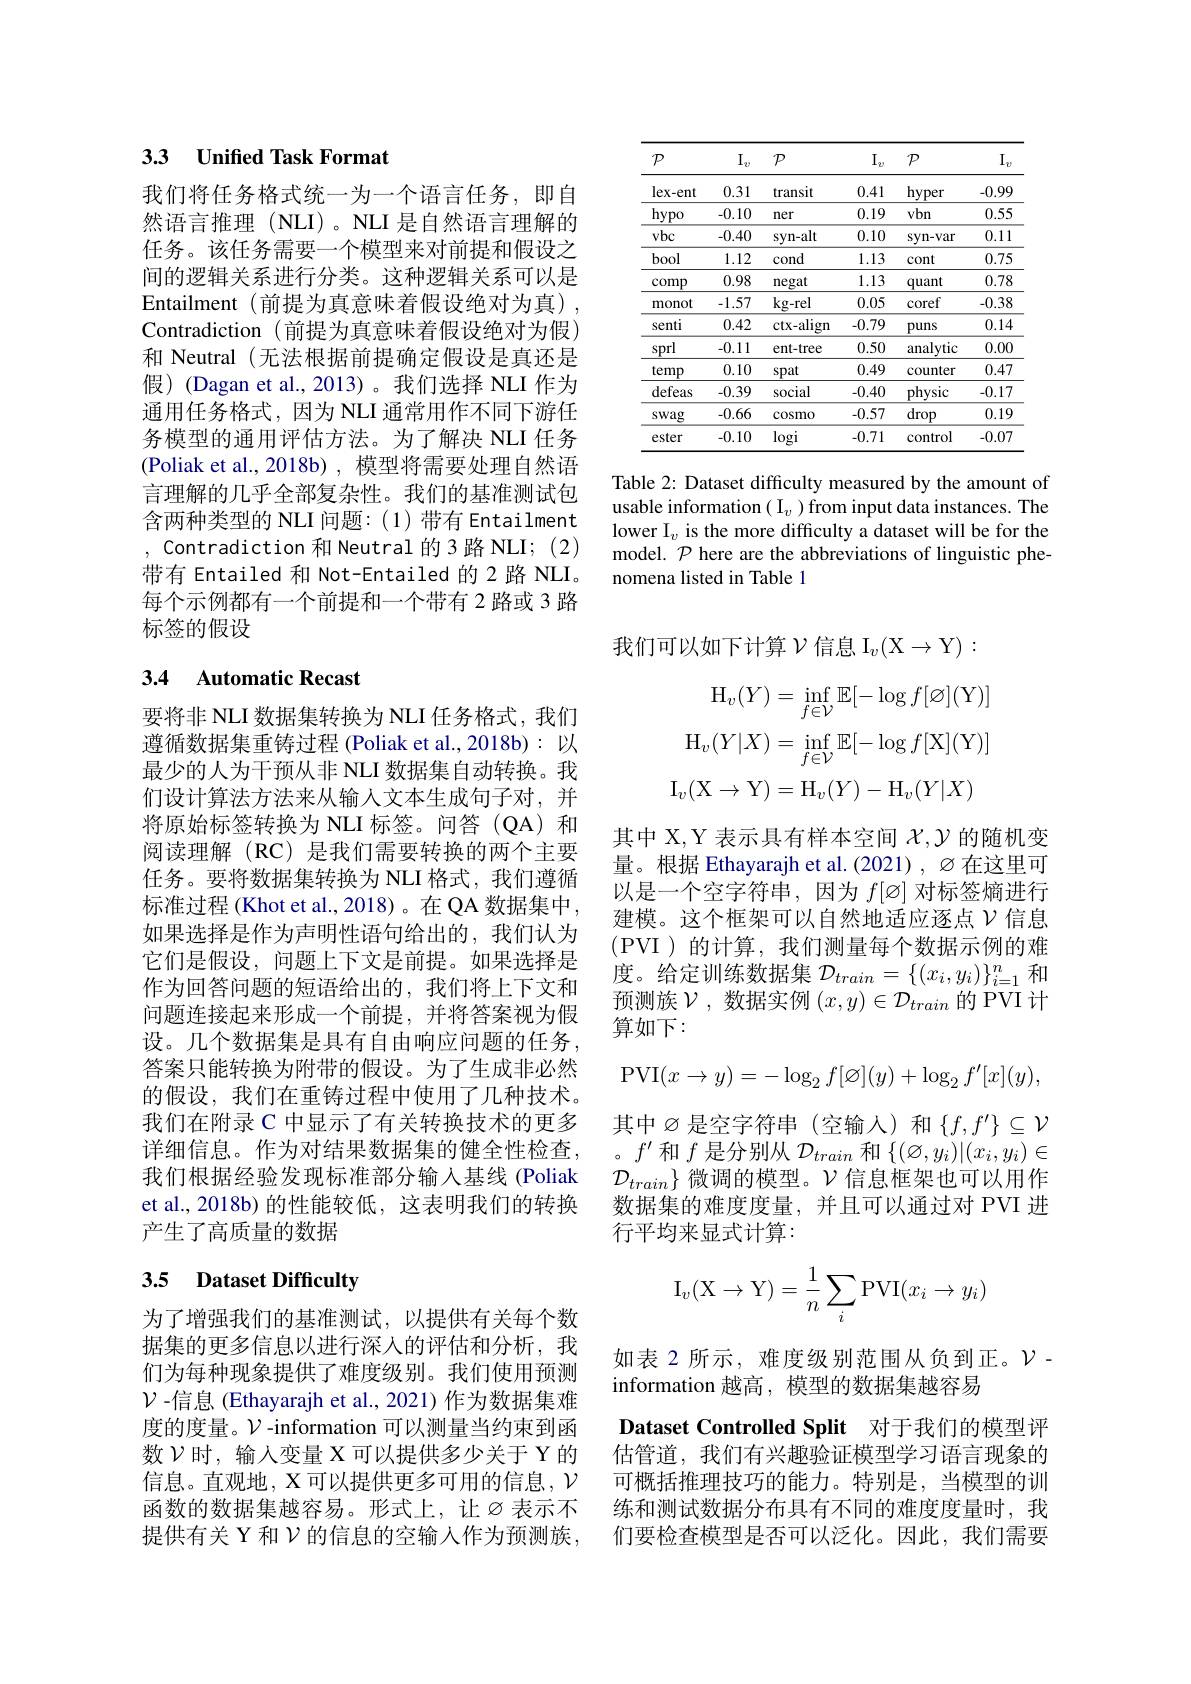
# 33 Unified Task Format

我们将任务格式统一为一个语言任务，即自然语言推理(NLI)。NLI 是自然语言理解的任务。该任务需要一个模型来对前提和假设之间的逻辑关系进行分类。这种逻辑关系可以是Entailment (前提为真意味着假设绝对为真), Contradiction (前提为真意味着假设绝对为假) 和 Neutral (无法根据前提确定假设是真还是假)(Dagan et al.,2013)。我们选择 NLI 作为通用任务格式，因为 NLI 通常用作不同下游任务模型的通用评估方法。为了解决 NLI 任务(Poliak et al., 2018b) , 模型将需要处理自然语言理解的几乎全部复杂性。我们的基准测试包含两种类型的 NLI 问题：(1)带有 Entailment , Contradiction 和 Neutral 的3路 NLI; (2) 带有 Entailed 和 Not-Entailed 2 路 NLI。每个示例都有一个前提和一个带有 2 路或 3 路标签的假设

## 3.4 Automatic Recast

要将非 NLI 数据集转换为 NLI 任务格式，我们遵循数据集重铸过程 (Poliak et al.,2018b): 以最少的人为干预从非 NLI 数据集自动转换。我们设计算法方法来从输人文本生成句子对，并将原始标签转换为 NLI 标签。问答(QA) 和阅读理解(RC)是我们需要转换的两个主要任务。要将数据集转换为 NLI 格式，我们遵循标准过程 (Khot et al., 2018)。在 QA 数据集中， 如果选择是作为声明性语句给出的，我们认为它们是假设，问题上下文是前提。如果选择是作为回答问题的短语给出的，我们将上下文和问题连接起来形成一个前提，并将答案视为假设。几个数据集是具有自由响应问题的任务， 答案只能转换为附带的假设。为了生成非必然的假设，我们在重铸过程中使用了几种技术。我们在附录 C 中显示了有关转换技术的更多详细信息。作为对结果数据集的健全性检查， 我们根据经验发现标准部分输入基线 (Poliak et al., 2018b) 的性能较低，这表明我们的转换产生了高质量的数据

## 3.5 Dataset Difficulty

为了增强我们的基准测试，以提供有关每个数据集的更多信息以进行深入的评估和分析，我们为每种现象提供了难度级别。我们使用预测$\mathcal{V}$ -信息 (Ethayarajh et al., 2021) 作为数据集难度的度量。$\mathcal{V}$-information 可以测量当约束到函数$\mathcal{V}$时，输人变量 X 可以提供多少关于 Y 的信息。直观地，X 可以提供更多可用的信息，$\mathcal{V}$ 函数的数据集越容易。形式上，让$\varnothing$表示不 练和测试数据分布具有不同的难度度量时，我
提供有关 Y 和$\mathcal{V}$的信息的空输入作为预测族，

<table>
	<tbody>
		<tr>
			<th>$\mathcal{P}$</th>
			<th>$I.$ $-v$</th>
			<th>$\mathcal{P}$</th>
			<th>${\mathrm{I}}_{2}$</th>
			<th>$\mathcal{P}$</th>
			<th>$I.$ $-\boldsymbol{v}$</th>
		</tr>
		<tr>
			<td>lex- ent</td>
			<td>0.31</td>
			<td>transit</td>
			<td>0.41</td>
			<td>hyper</td>
			<td>-0.99</td>
		</tr>
		<tr>
			<td>hypo</td>
			<td>-0.10</td>
			<td>ner</td>
			<td>0.19</td>
			<td>vbn</td>
			<td>0.55</td>
		</tr>
		<tr>
			<td>vbc</td>
			<td>-0.40</td>
			<td>syn-alt</td>
			<td>0.10</td>
			<td>syn- var</td>
			<td>0.11</td>
		</tr>
		<tr>
			<td>bool</td>
			<td>1.12</td>
			<td>cond</td>
			<td>1.13</td>
			<td>cont</td>
			<td>0.75</td>
		</tr>
		<tr>
			<td>comp</td>
			<td>0.98</td>
			<td>negat</td>
			<td>1.13</td>
			<td>quant</td>
			<td>0.78</td>
		</tr>
		<tr>
			<td>monot</td>
			<td>-1.57</td>
			<td>$kg-rel$</td>
			<td>0.05</td>
			<td>coref</td>
			<td>-0.38</td>
		</tr>
		<tr>
			<td>senti</td>
			<td>0.42</td>
			<td>ctx- align</td>
			<td>-0.79</td>
			<td>puns</td>
			<td>0.14</td>
		</tr>
		<tr>
			<td>sprl</td>
			<td>-0.11</td>
			<td>ent-tree</td>
			<td>0.50</td>
			<td>analytic</td>
			<td>0.00</td>
		</tr>
		<tr>
			<td>temp</td>
			<td>0.10</td>
			<td>spat</td>
			<td>0.49</td>
			<td>counter</td>
			<td>0.47</td>
		</tr>
		<tr>
			<td>defeas</td>
			<td>-0.39</td>
			<td>social</td>
			<td>-0.40</td>
			<td>physic</td>
			<td>-0.17</td>
		</tr>
		<tr>
			<td>swag</td>
			<td>-0.66</td>
			<td>cosmo</td>
			<td>-0.57</td>
			<td>$\underline{\mathrm{drop}}$</td>
			<td>0.19</td>
		</tr>
		<tr>
			<td>ester</td>
			<td>-0.10</td>
			<td>$\log i$</td>
			<td>-0.71</td>
			<td>control</td>
			<td>-0.07</td>
		</tr>
	</tbody>
</table>

Table 2: Dataset difficulty measured by the amount of usable information $(\mathrm{I}_v)$ from input data instances. The lower I$_v$ is the more difficulty a dataset will be for the model. $\mathcal{P}$ here are the abbreviations of linguistic phenomena listed in Table 1

我们可以如下计算$\mathcal{V} \text{信 息 I}_v( \mathcal{X} \to \mathcal{Y} ) :$
$$\mathrm{H}_{v}(Y)=\operatorname*{inf}_{f\in\mathcal{V}}\mathbb{E}[-\log f[\varnothing](\mathrm{Y})]\\\mathrm{H}_{v}(Y|X)=\operatorname*{inf}_{f\in\mathcal{V}}\mathbb{E}[-\log f[\mathrm{X}](\mathrm{Y})]\\\mathrm{I}_{v}(\mathrm{X}\to\mathrm{Y})=\mathrm{H}_{v}(Y)-\mathrm{H}_{v}(Y|X)$$
其中 X,Y 表示具有样本空间$\chi,\mathcal{Y}$的随机变量。根据 Ethayarajh et al.(2021) $,\varnothing$在这里可以是一个空字符串，因为$f[\varnothing]$对标签熵进行建模。这个框架可以自然地适应逐点$\nu$信息(PVI)的计算，我们测量每个数据示例的难度。给定训练数据集$\mathcal{D}_train=\{(x_i,y_i)\}_{i=1}^n$和预测族$\mathcal{V}$,数据实例$(x,y)\in\mathcal{D}_train$的 PVI 计算如下：
$$\mathrm{PVI}(x\to y)=-\log_2f[\varnothing](y)+\log_2f'[x](y),$$
其中$\varnothing$是空字符串(空输人)和$\{f,f^\prime\}\subseteq\mathcal{V}$ 。$f^\prime$和$f$是分别从$\mathcal D_train$和$\{(\varnothing,y_i)|(x_i,y_i)\in$ $\mathcal{D}_{train}\}$微调的模型。$\mathcal{V}$信息框架也可以用作数据集的难度度量，并且可以通过对 PVI 进行平均来显式计算：
$$\mathrm I_v(\mathrm X\to\mathrm Y)=\dfrac{1}{n}\sum_i\mathrm P\mathrm V\mathrm I(x_i\to y_i)$$
如表 2 所示，难度级别范围从负到正。$\mathcal{V}$-
information 越高，模型的数据集越容易
Dataset Controlled Split 对于我们的模型评估管道，我们有兴趣验证模型学习语言现象的可概括推理技巧的能力。特别是，当模型的训们要检查模型是否可以泛化。因此，我们需要